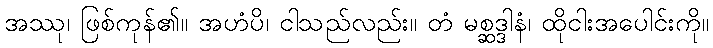
အဿု၊ ဖြစ်ကုန်၏။ အဟံပိ၊ ငါသည်လည်း။ တံ မစ္ဆဒ္ဒါနံ၊ ထိုငါးအပေါင်းကို။